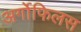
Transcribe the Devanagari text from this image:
अर्गोफिलस